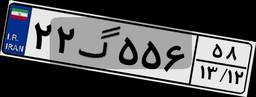
۲۲گ۵۵۶۵۸